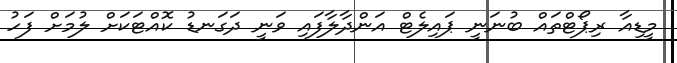
މީޑިއާ ރިޕޯޓްތައް ބުނަނީ ޕައިލެޓް އަންދާލާފައި ވަނީ ދަގަނޑު ކޮއްޓަކަށް ލުމަށް ފަހު